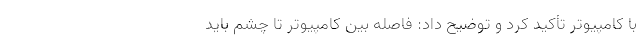
با کامپیوتر تأکید کرد و توضیح داد: فاصله بین کامپیوتر تا چشم باید